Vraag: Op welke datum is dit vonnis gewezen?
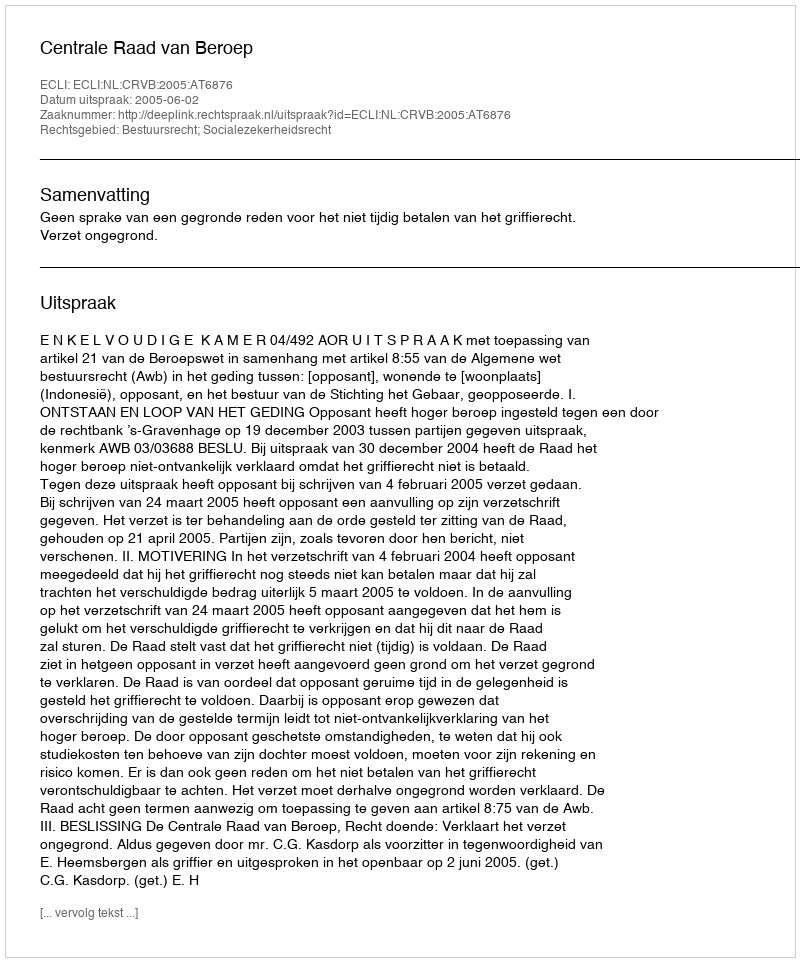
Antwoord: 2005-06-02